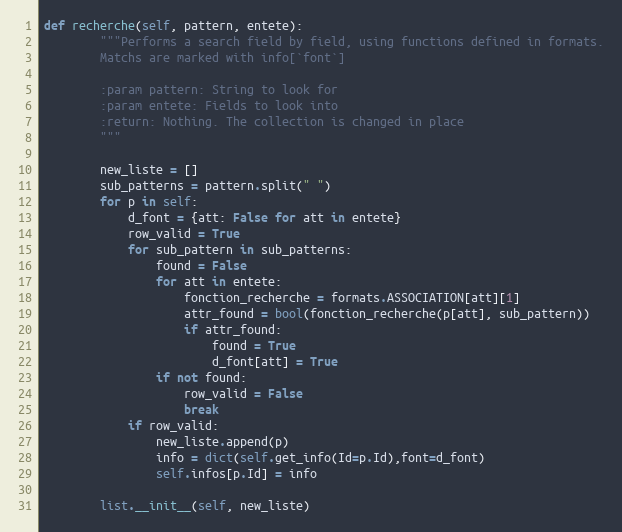
Language: Python
def recherche(self, pattern, entete):
        """Performs a search field by field, using functions defined in formats.
        Matchs are marked with info[`font`]

        :param pattern: String to look for
        :param entete: Fields to look into
        :return: Nothing. The collection is changed in place
        """

        new_liste = []
        sub_patterns = pattern.split(" ")
        for p in self:
            d_font = {att: False for att in entete}
            row_valid = True
            for sub_pattern in sub_patterns:
                found = False
                for att in entete:
                    fonction_recherche = formats.ASSOCIATION[att][1]
                    attr_found = bool(fonction_recherche(p[att], sub_pattern))
                    if attr_found:
                        found = True
                        d_font[att] = True
                if not found:
                    row_valid = False
                    break
            if row_valid:
                new_liste.append(p)
                info = dict(self.get_info(Id=p.Id),font=d_font)
                self.infos[p.Id] = info

        list.__init__(self, new_liste)